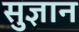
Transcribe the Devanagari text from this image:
सुज्ञान